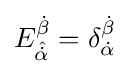
E_{\hat {\dot {\alpha }}}^{\dot {\beta }}=\delta _{\dot {\alpha }}^{\dot {\beta }}